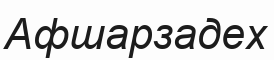
Афшарзадех